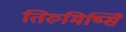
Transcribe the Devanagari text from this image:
तिरुमिष्सिे